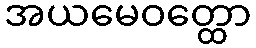
အယမေဝတ္ထော